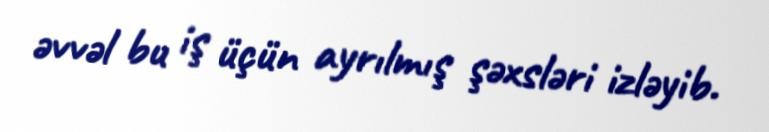
əvvəl bu iş üçün ayrılmış şəxsləri izləyib.